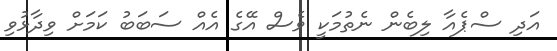
އަދި ސްޕެއާ ލިބެން ނެތުމަކީ ވެސް އޭގެ އެއް ސަބަބު ކަމަށް ވިދާޅުވި